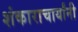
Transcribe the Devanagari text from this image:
शंकाराचार्यांनी